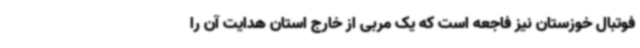
فوتبال خوزستان نیز فاجعه است که یک مربی از خارج استان هدایت آن را